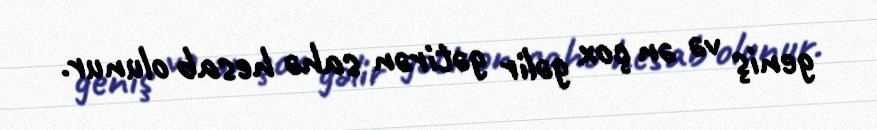
geniş və ən çox gəlir gətirən sahə hesab olunur.